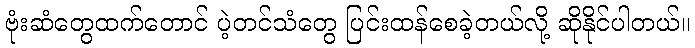
ဗုံးဆံတွေထက်တောင် ပဲ့တင်သံတွေ ပြင်းထန်စေခဲ့တယ်လို့ ဆိုနိုင်ပါတယ်။